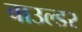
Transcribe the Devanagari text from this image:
बाउल्डर